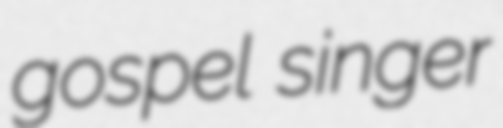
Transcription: gospel singer